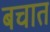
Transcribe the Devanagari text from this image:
बचात